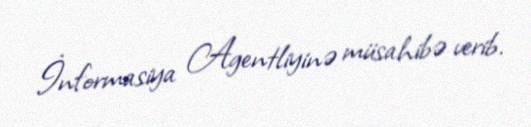
İnformasiya Agentliyinə müsahibə verib.